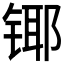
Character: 𲈍